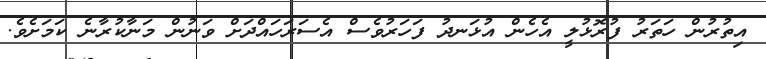
އިތުރުން ހަތަރު ފުރޮޅުލީ އެހެން އުޅަނދު ފަހަރުވެސް އެސަރަހައްދަށް ވަނުން މަނާކުރާނެ ކަމަށެވެ.